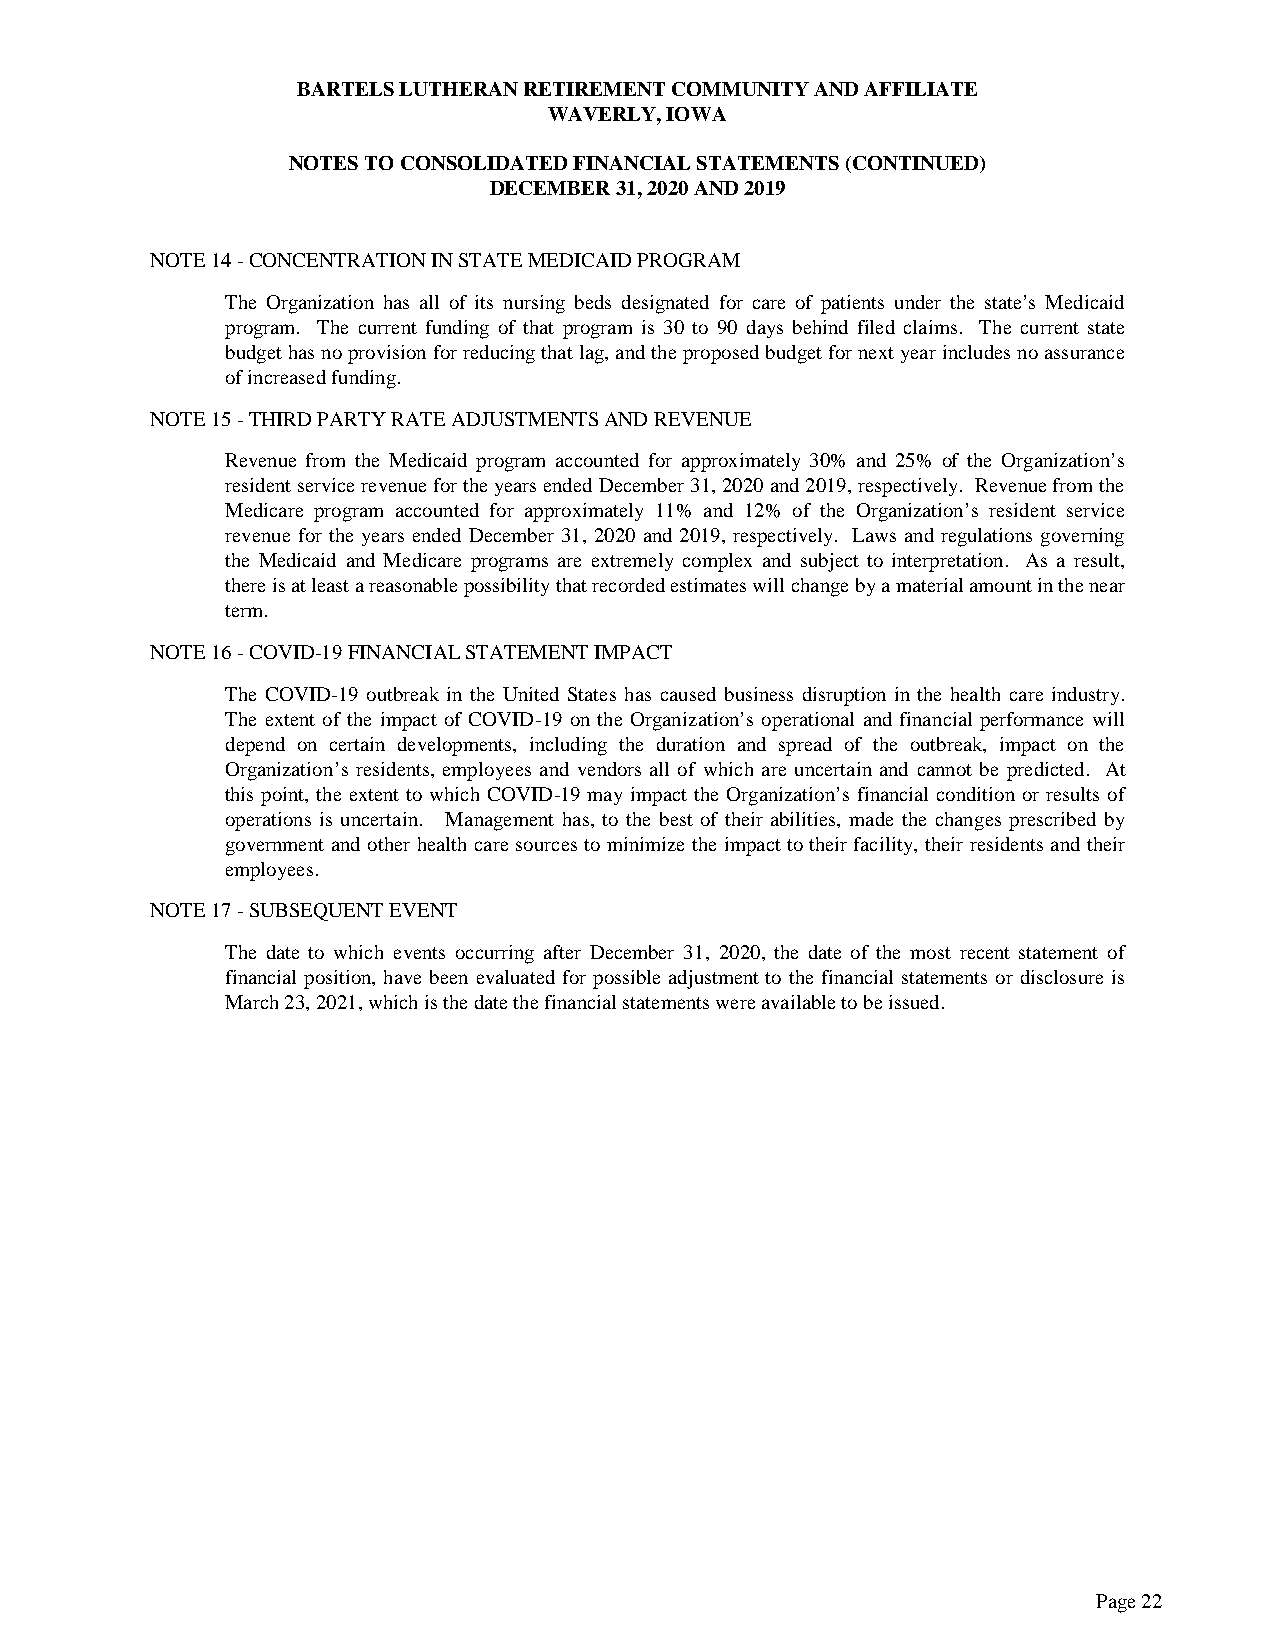
BARTELS LUTHERAN RETIREMENT COMMUNITY AND AFFILIATE
 WAVERLY, IOWA
 NOTES TO CONSOLIDATED FINANCIAL STATEMENTS (CONTINUED)
 DECEMBER 31, 2020 AND 2019
 NOTE 14 - CONCENTRATION IN STATE MEDICAID PROGRAM
 The Organization has all of its nursing beds designated for care of patients under the state’s Medicaid
 program. The current funding of that program is 30 to 90 days behind filed claims. The current state
 budget has no provision for reducing that lag, and the proposed budget for next year includes no assurance
 of increased funding.
 NOTE 15 - THIRD PARTY RATE ADJUSTMENTS AND REVENUE
 Revenue from the Medicaid program accounted for approximately 30% and 25% of the Organization’s
 resident service revenue for the years ended December 31, 2020 and 2019, respectively. Revenue from the
 Medicare program accounted for approximately 11% and 12% of the Organization’s resident service
 revenue for the years ended December 31, 2020 and 2019, respectively. Laws and regulations governing
 the Medicaid and Medicare programs are extremely complex and subject to interpretation. As a result,
 there is at least a reasonable possibility that recorded estimates will change by a material amount in the near
 term.
 NOTE 16 - COVID-19 FINANCIAL STATEMENT IMPACT
 The COVID-19 outbreak in the United States has caused business disruption in the health care industry.
 The extent of the impact of COVID-19 on the Organization’s operational and financial performance will
 depend on certain developments, including the duration and spread of the outbreak, impact on the
 Organization’s residents, employees and vendors all of which are uncertain and cannot be predicted. At
 this point, the extent to which COVID-19 may impact the Organization’s financial condition or results of
 operations is uncertain. Management has, to the best of their abilities, made the changes prescribed by
 government and other health care sources to minimize the impact to their facility, their residents and their
 employees.
 NOTE 17 - SUBSEQUENT EVENT
 The date to which events occurring after December 31, 2020, the date of the most recent statement of
 financial position, have been evaluated for possible adjustment to the financial statements or disclosure is
 March 23, 2021, which is the date the financial statements were available to be issued.
 Page 22